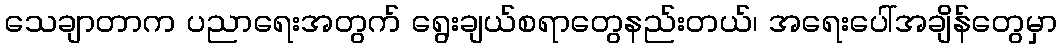
သေချာတာက ပညာရေးအတွက် ရွေးချယ်စရာတွေနည်းတယ်၊ အရေးပေါ်အချိန်တွေမှာ